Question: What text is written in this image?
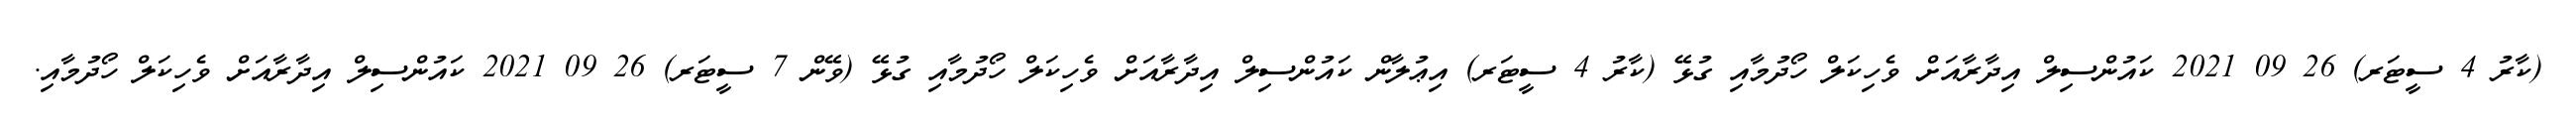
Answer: (ކާރު 4 ސީޓަރ) 26 09 2021 ކައުންސިލް އިދާރާއަށް ވެހިކަލް ހޯދުމާއި ގުޅޭ (ކާރު 4 ސީޓަރ) އިޢުލާން ކައުންސިލް އިދާރާއަށް ވެހިކަލް ހޯދުމާއި ގުޅޭ (ވޭން 7 ސީޓަރ) 26 09 2021 ކައުންސިލް އިދާރާއަށް ވެހިކަލް ހޯދުމާއި.